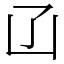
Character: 𠙶